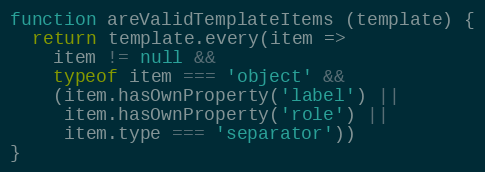
Language: JavaScript
function areValidTemplateItems (template) {
  return template.every(item =>
    item != null &&
    typeof item === 'object' &&
    (item.hasOwnProperty('label') ||
     item.hasOwnProperty('role') ||
     item.type === 'separator'))
}